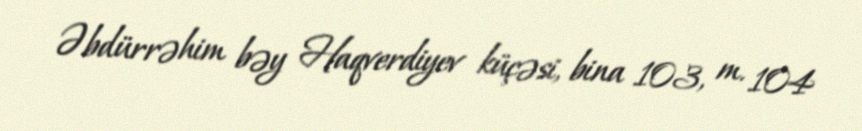
Əbdürrəhim bəy Haqverdiyev küçəsi, bina 103, m. 104